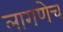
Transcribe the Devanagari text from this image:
लागणेच